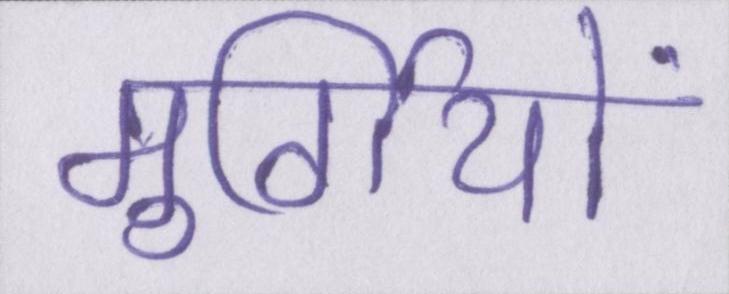
मुर्गियों